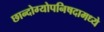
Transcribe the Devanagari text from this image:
छान्दोग्योपनिषदामध्ये